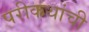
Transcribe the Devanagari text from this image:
परीकथांची